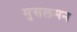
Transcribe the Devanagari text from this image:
मुसलमन